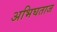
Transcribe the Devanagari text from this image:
अभिघताज